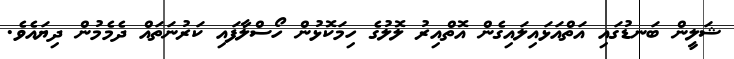
ޝަލީން ބަނޑުގައި އަތްއަޅައިލައިގެން އޮތްއިރު ލޮލުގެ ހިމަކޮޅުން ހޯސްލާފައި ކަރުނަތައް ދެމެމުން ދިޔައެވެ.